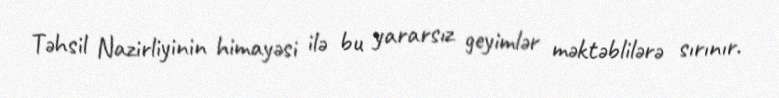
Təhsil Nazirliyinin himayəsi ilə bu yararsız geyimlər məktəblilərə sırınır.